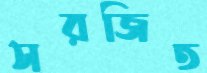
সরজিত